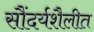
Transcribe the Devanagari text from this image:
सौंदर्यशैलीत